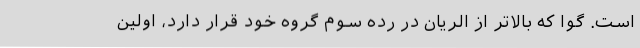
است. گوا که بالاتر از الریان در رده سوم گروه خود قرار دارد، اولین